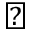
\perp